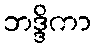
ဘဒ္ဒိကာ